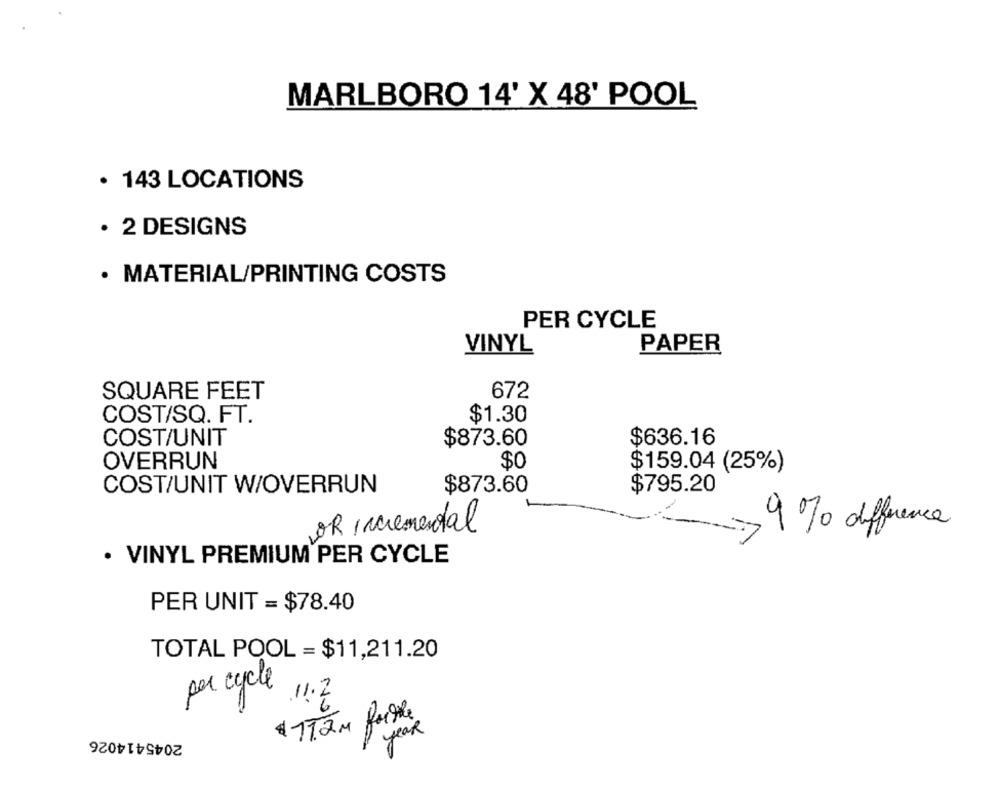
MARLBORO 14' X 48' POOL
· 143 LOCATIONS
· 2 DESIGNS
· MATERIAL/PRINTING COSTS
PER CYCLE
VINYL
PAPER
SQUARE FEET
672
COST/SQ. FT.
$1.30
COST/UNIT
$873.60
$636.16
OVERRUN
$0
$159.04 (25%)
COST/UNIT W/OVERRUN
$873.60
$795.20
OR incremental
9% difference
· VINYL PREMIUM PER CYCLE
PER UNIT = $78.40
TOTAL POOL = $11,211.20
per cycle
11.2
$ 11.2 M forthe
2045414026
1 year